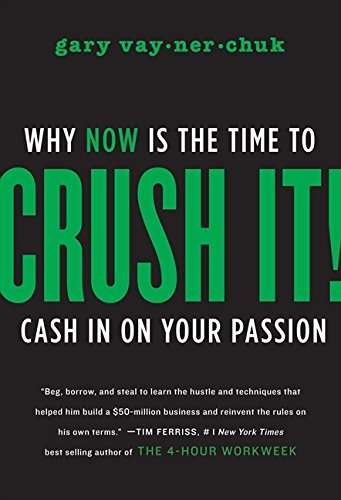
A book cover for Crush It!: Why NOW Is the Time to Cash In on Your Passion; Gary Vaynerchuk; Business & Money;